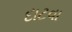
દાટવા